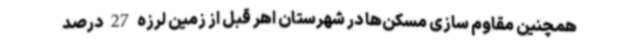
همچنین مقاوم سازی مسکن‌ها در شهرستان اهر قبل از زمین لرزه 27 درصد